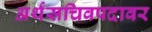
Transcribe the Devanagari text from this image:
अर्थसचिवपदावर